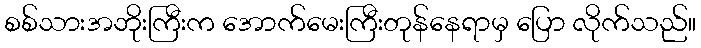
စစ်သားအဘိုးကြီးက အောက်မေးကြီးတုန်နေရာမှ ပြော လိုက်သည်။